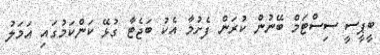
ބީޕީސީ ސިސްޓަމް ބޭނުން ކުރަން ފެށުމާ އެކު ބަޖެޓާ ގުޅޭ ކަންކަމުގައި އަމަލު